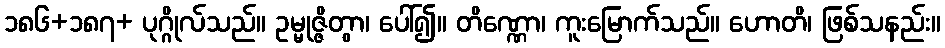
၁၈၆+၁၈၇+ ပုဂ္ဂိုလ်သည်။ ဥမ္မုဇ္ဇိတွာ၊ ပေါ်၍။ တိဏ္ဏော၊ ကူးမြောက်သည်။ ဟောတိ၊ ဖြစ်သနည်း။